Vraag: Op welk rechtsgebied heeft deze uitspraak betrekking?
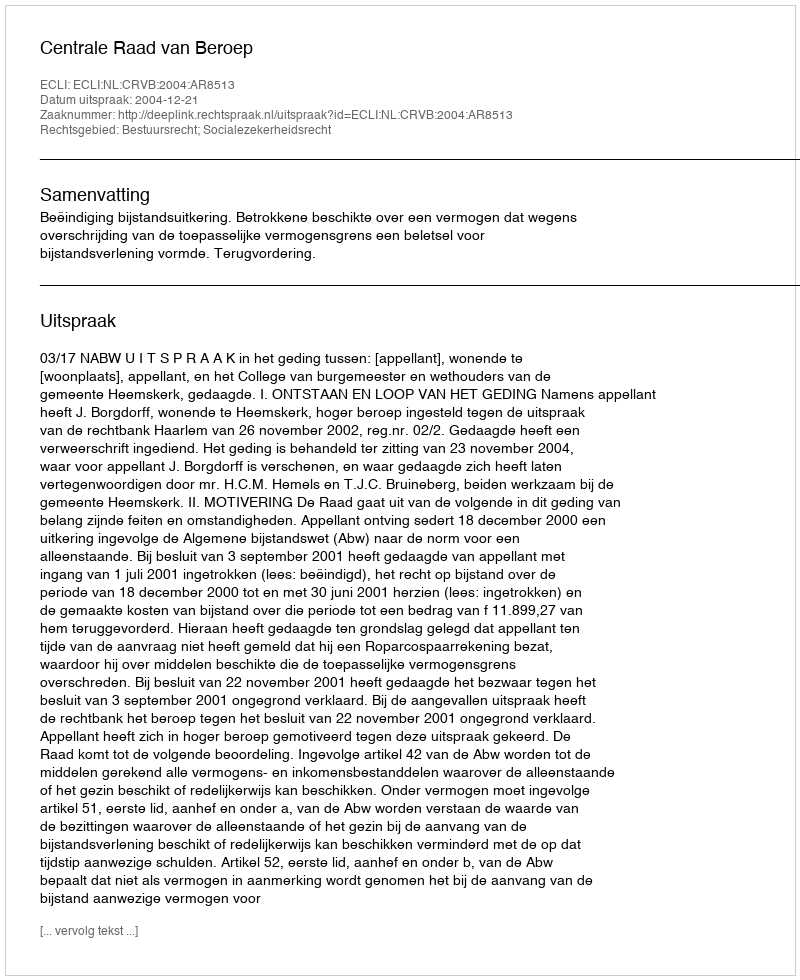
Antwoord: Bestuursrecht; Socialezekerheidsrecht